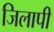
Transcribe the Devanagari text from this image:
जिलापी